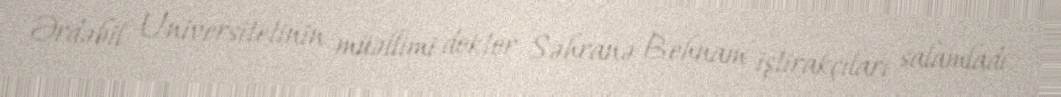
Ərdəbil Universitetinin müəllimi doktor Səhranə Behnam iştirakçıları salamladı.